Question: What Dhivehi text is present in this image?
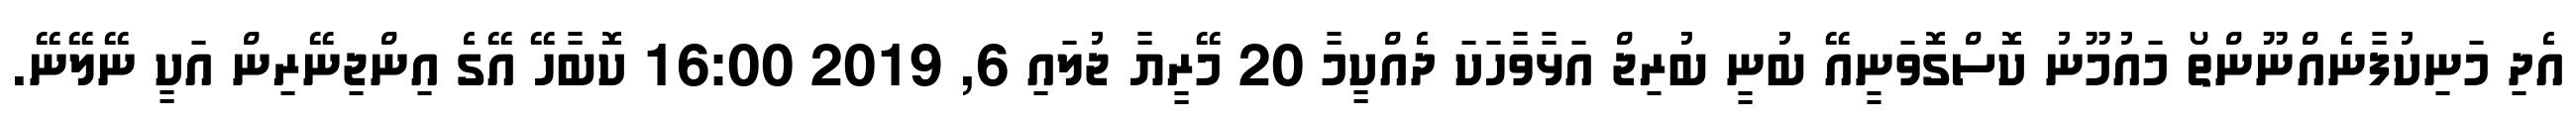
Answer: އެދި މަނިކުފާނެއްނޫންތޯ މައުމޫނު ކޮސްގޮވަނީއޭ ބުނީ ބުރިޖް އަޅާވާހަކަ ދެއްކީމާ 20 މޭރީޔާ ޖުލައި 6, 2019 16:00 ކޮބާހޭ އޭގެ އިންޖިނޭރިން އަކީ ނޭލޭނޭ.